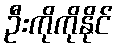
ဦးကိုကိုနိုင်